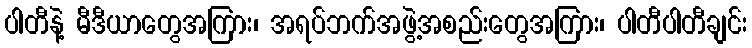
ပါတီနဲ့ မီဒီယာတွေအကြား၊ အရပ်ဘက်အဖွဲ့အစည်းတွေအကြား၊ ပါတီပါတီချင်း